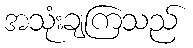
အသုံးချကြသည်